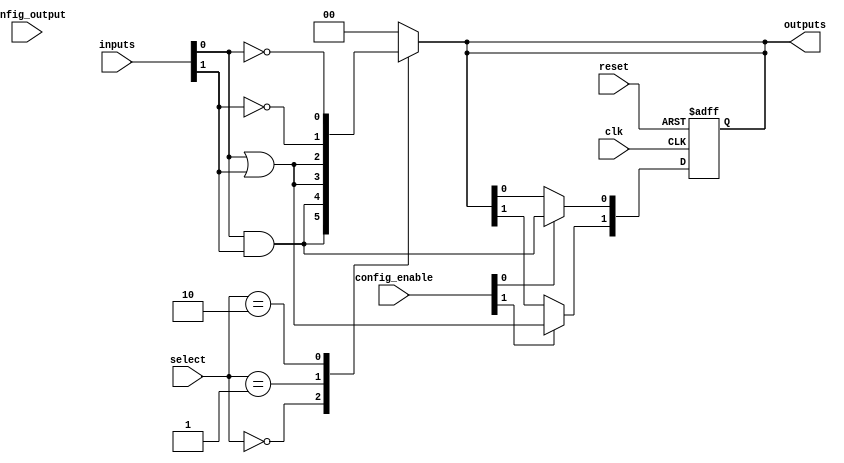
module CLB #(
    parameter NUM_INPUTS = 4,  // Number of inputs (can be adjusted)
    parameter NUM_OUTPUTS = 2   // Number of outputs (can be adjusted)
)(
    input wire [NUM_INPUTS-1:0] inputs,          // Input lines
    input wire [NUM_OUTPUTS-1:0] select,         // Select lines for multiplexers
    input wire [NUM_INPUTS-1:0] config_enable,   // Configuration enable signals
    input wire [NUM_OUTPUTS-1:0] config_output,   // Configuration for outputs
    input wire clk,                               // Clock signal
    input wire reset,                             // Reset signal
    output reg [NUM_OUTPUTS-1:0] outputs         // Output lines
);

// Internal signals for logic gates
wire [NUM_OUTPUTS-1:0] and_outputs;
wire [NUM_OUTPUTS-1:0] or_outputs;
wire [NUM_OUTPUTS-1:0] not_outputs;

// AND Logic
generate
    genvar i;
    for (i = 0; i < NUM_OUTPUTS; i = i + 1) begin : and_logic
        assign and_outputs[i] = inputs[0] & inputs[1]; // Example: AND of first two inputs
    end
endgenerate

// OR Logic
generate
    for (i = 0; i < NUM_OUTPUTS; i = i + 1) begin : or_logic
        assign or_outputs[i] = inputs[0] | inputs[1]; // Example: OR of first two inputs
    end
endgenerate

// NOT Logic
generate
    for (i = 0; i < NUM_OUTPUTS; i = i + 1) begin : not_logic
        assign not_outputs[i] = ~inputs[i]; // NOT of each input
    end
endgenerate

// Output selection using multiplexers
always @(*) begin
    case (select)
        2'b00: outputs = and_outputs;    // Select AND outputs
        2'b01: outputs = or_outputs;     // Select OR outputs
        2'b10: outputs = not_outputs;    // Select NOT outputs
        default: outputs = {NUM_OUTPUTS{1'b0}}; // Default case
    endcase
end

// Configuration logic (for reprogramming)
always @(posedge clk or posedge reset) begin
    if (reset) begin
        // Reset outputs to 0
        outputs <= {NUM_OUTPUTS{1'b0}};
    end else begin
        // Example configuration logic
        if (config_enable[0]) begin
            outputs[0] <= and_outputs[0]; // Example: enable first output
        end
        if (config_enable[1]) begin
            outputs[1] <= or_outputs[1]; // Example: enable second output
        end
        // Additional configuration logic can be added here
    end
end

endmodule